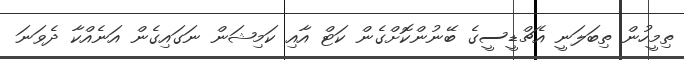
ތިމީހުން ތިބަލަނީ އެޗްޑީސީގެ ބޭނުންކޮށްގެން ކަޓް އާއި ކަމިޝަން ނަގައިގެން އަނެއްކާ ދެވަނަ